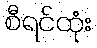
စီရင်ထုံး